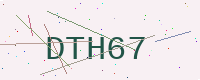
Text: DTH67